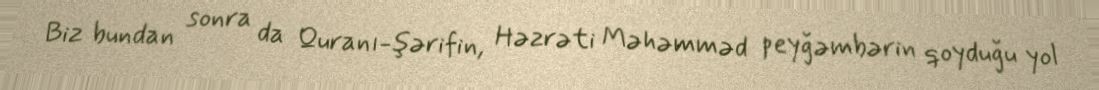
Biz bundan sonra da Quranı-şərifin, Həzrəti Məhəmməd peyğəmbərin qoyduğu yol